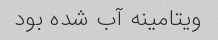
ویتامینه آب شده بود